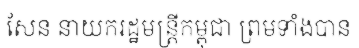
សែន នាយករដ្ឋមន្ត្រីកម្ពុជា ព្រមទាំងបាន